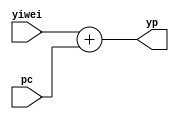
`timescale 1ns / 1ps
//////////////////////////////////////////////////////////////////////////////////
// Company: 
// Engineer: 
// 
// Design Name: 
// Module Name:    add_3 
// Project Name: 
// Target Devices: 
// Tool versions: 
// Description: 
//
// Dependencies: 
//
// Revision: 
// Revision 0.01 - File Created
// Additional Comments: 
//
//////////////////////////////////////////////////////////////////////////////////
module add_3(
	 input [31:0] yiwei,
	 input [31:0] pc,
    output [31:0] yp
    );
	 
	 assign yp = yiwei + pc;
    


endmodule